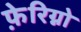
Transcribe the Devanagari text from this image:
फ़ेरिग्नो